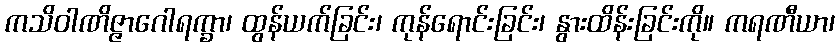
ကသိဝါဏိဇ္ဇာဂေါရက္ခာ၊ ထွန်ယက်ခြင်း၊ ကုန်ရောင်းခြင်း၊ နွားထိန်းခြင်းကို။ ကရဏီယာ၊